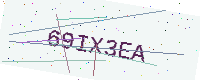
Text: 69IX3EA